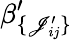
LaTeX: \beta_{\lbrace\mathscr{J}_{ij}^{\prime}\rbrace}^{\prime}